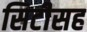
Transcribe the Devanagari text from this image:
सिटीसह